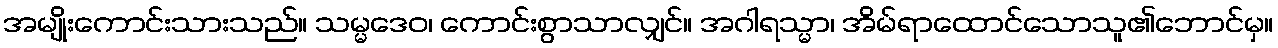
အမျိုးကောင်းသားသည်။ သမ္မဒေဝ၊ ကောင်းစွာသာလျှင်။ အဂါရသ္မာ၊ အိမ်ရာထောင်သောသူ၏ဘောင်မှ။